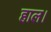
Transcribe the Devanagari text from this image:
हाल।